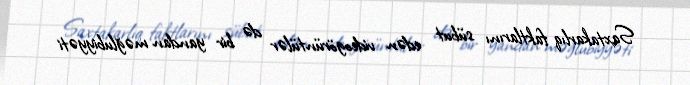
Saxtakarlıq faktlarını sübut edən videogörüntülər də bir yandan məğlubiyyəti